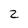
Character: 2